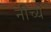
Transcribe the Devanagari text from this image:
नीच्ये